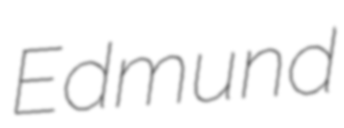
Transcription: Edmund